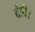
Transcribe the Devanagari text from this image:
दंडी।